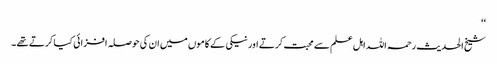
‘‘
شیخ الحدیث رحمہ اللہ اہل علم سے محبت کرتے اورنیکی کے کاموں میں ان کی حوصلہ افزائی کیا کرتے تھے ۔